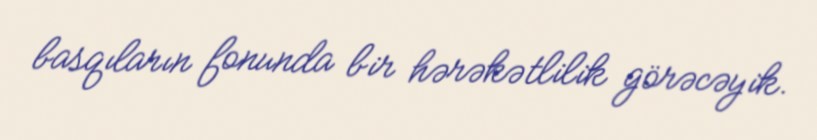
basqıların fonunda bir hərəkətlilik görəcəyik.